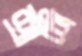
শ্রীশ